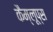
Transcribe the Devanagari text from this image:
कैम्लूप्स